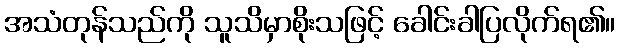
အသံတုန်သည်ကို သူသိမှာစိုးသဖြင့် ခေါင်းခါပြလိုက်ရ၏။